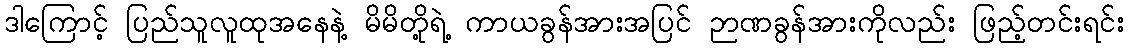
ဒါကြောင့် ပြည်သူလူထုအနေနဲ့ မိမိတို့ရဲ့ ကာယခွန်အားအပြင် ဉာဏခွန်အားကိုလည်း ဖြည့်တင်းရင်း